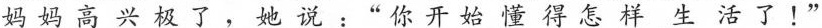
妈妈高兴极了，她说：”你开始懂得怎样生活了！”